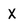
Character: X